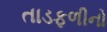
તાડફળીનો